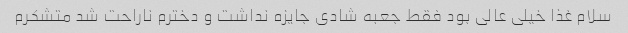
سلام غذا خیلی عالی بود فقط جعبه شادی جایزه نداشت و دخترم ناراحت شد متشکرم